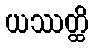
ယဿတ္ထိ